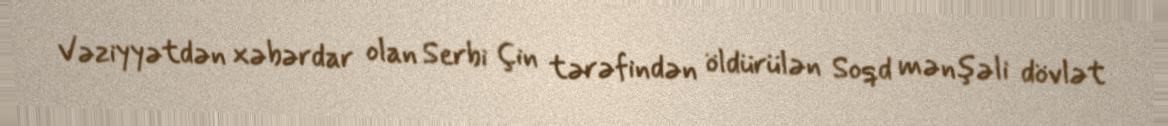
Vəziyyətdən xəbərdar olan Serbi Çin tərəfindən öldürülən Soqd mənşəli dövlət